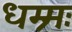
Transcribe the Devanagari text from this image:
धम्र्मः